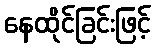
နေထိုင်ခြင်းဖြင့်